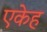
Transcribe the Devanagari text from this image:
एकेह